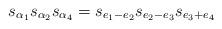
LaTeX: \begin{align*} s_{\alpha_1}s_{\alpha_2}s_{\alpha_4} = s_{e_1-e_2}s_{e_2-e_3}s_{e_3+e_4}\end{align*}